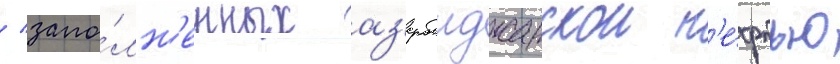
/ запо́лн'енных аз'ербаиджанскои н'е́фтью